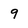
Character: 9